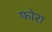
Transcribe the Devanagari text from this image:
फोरा